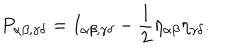
{ P _ { \alpha \beta , \gamma \delta } = I _ { \alpha \beta , \gamma \delta } - \frac { 1 } { 2 } \eta _ { \alpha \beta } \eta _ { \gamma \delta } . }